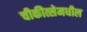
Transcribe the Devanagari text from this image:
चीकीत्सेमधील